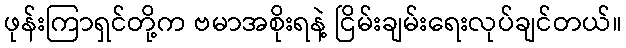
ဖုန်းကြာရှင်တို့က ဗမာအစိုးရနဲ့ ငြိမ်းချမ်းရေးလုပ်ချင်တယ်။